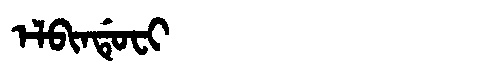
Manchu: ᡝᠯᠪᡳᠨᡩᡠᠸᡳ
Romanization: ELBINDUFI